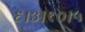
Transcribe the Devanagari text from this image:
६।३।१०।५